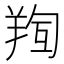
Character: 𮊧